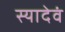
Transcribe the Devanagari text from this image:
स्यादेवं